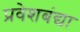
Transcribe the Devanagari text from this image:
प्रवेशबंद्या